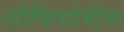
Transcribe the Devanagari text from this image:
लोफियोमीस